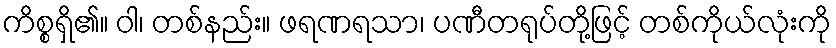
ကိစ္စရှိ၏။ ဝါ၊ တစ်နည်း။ ဖရဏရသာ၊ ပဏီတရုပ်တို့ဖြင့် တစ်ကိုယ်လုံးကို